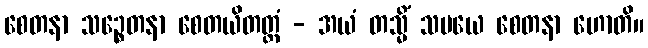
စေတနာ သဉ္စေတနာ စေတယိတတ္တံ - အယံ တသ္မိံ သမယေ စေတနာ ဟောတိ။